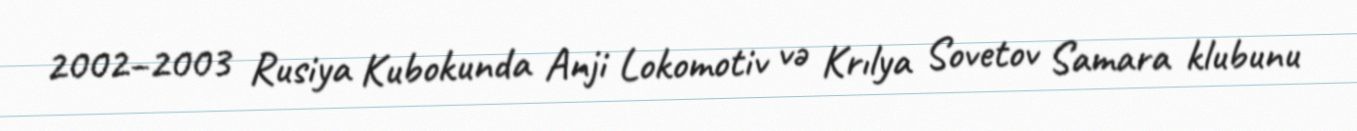
2002–2003 Rusiya Kubokunda Anji Lokomotiv və Krılya Sovetov Samara klubunu